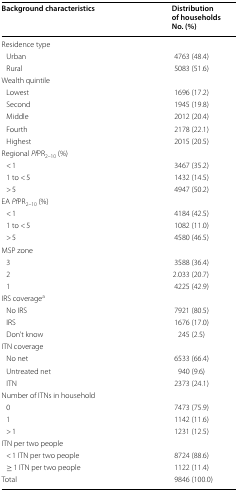
| Background characteristics | Distribution of households No. (%) |
 | --- | --- |
 | <COLSPAN=2> Residence type |
 | Urban | 4763 (48.4) |
 | Rural | 5083 (51.6) |
 | <COLSPAN=2> Wealth quintile |
 | Lowest | 1696 (17.2) |
 | Second | 1945 (19.8) |
 | Middle | 2012 (20.4) |
 | Fourth | 2178 (22.1) |
 | Highest | 2015 (20.5) |
 | <COLSPAN=2> Regional PfPR2–10 (%) |
 | < 1 | 3467 (35.2) |
 | 1 to < 5 | 1432 (14.5) |
 | > 5 | 4947 (50.2) |
 | <COLSPAN=2> EA PfPR2–10 (%) |
 | < 1 | 4184 (42.5) |
 | 1 to < 5 | 1082 (11.0) |
 | > 5 | 4580 (46.5) |
 | <COLSPAN=2> MSP zone |
 | 3 | 3588 (36.4) |
 | 2 | 2.033 (20.7) |
 | 1 | 4225 (42.9) |
 | <COLSPAN=2> IRS coveragea |
 | No IRS | 7921 (80.5) |
 | IRS | 1676 (17.0) |
 | Don’t know | 245 (2.5) |
 | <COLSPAN=2> ITN coverage |
 | No net | 6533 (66.4) |
 | Untreated net | 940 (9.6) |
 | ITN | 2373 (24.1) |
 | <COLSPAN=2> Number of ITNs in household |
 | 0 | 7473 (75.9) |
 | 1 | 1142 (11.6) |
 | > 1 | 1231 (12.5) |
 | <COLSPAN=2> ITN per two people |
 | < 1 ITN per two people | 8724 (88.6) |
 | ≥ 1 ITN per two people | 1122 (11.4) |
 | Total | 9846 (100.0) |